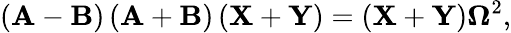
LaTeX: \left(\mathbf{A}-\mathbf{B}\right)\left(\mathbf{A}+\mathbf{B}\right)\left(\mathbf{X}+\mathbf{Y}\right)=\left(\mathbf{X}+\mathbf{Y}\right)\mathbf{\Omega}^{2},